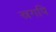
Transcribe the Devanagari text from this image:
स्रगपि